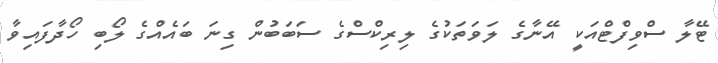
ޓޭލާ ސްވިފްޓްއަކީ އޭނާގެ ލަވަތަކުގެ ލިރިކްސްގެ ސަބަބުން ގިނަ ބައެއްގެ ލޯބި ހޯދާފައިވާ